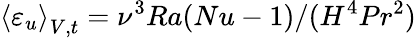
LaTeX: \left\langle\varepsilon_{u}\right\rangle_{V,t}=\nu^{3}Ra(Nu-1)/(H^{4}Pr^{2})